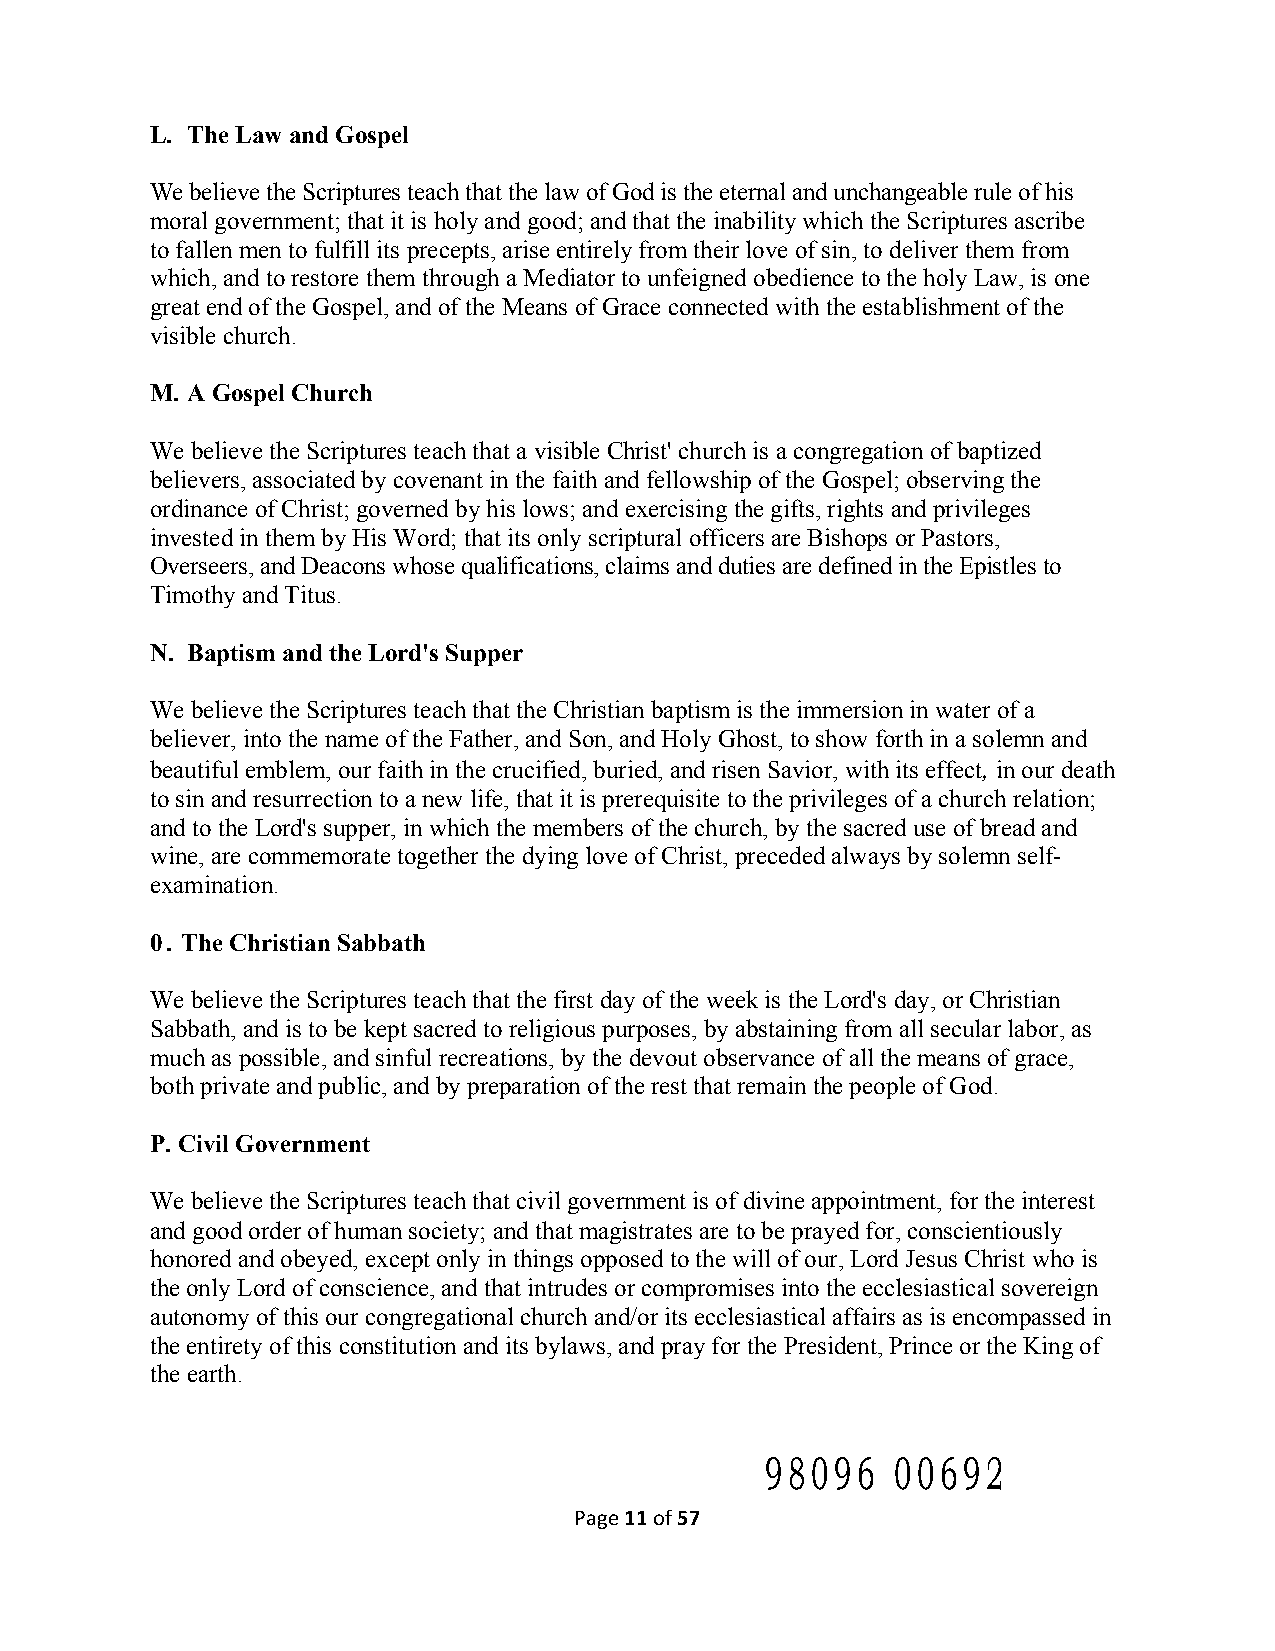
L. The Law and Gospel
 We believe the Scriptures teach that the law of God is the eternal and unchangeable rule of his
 moral government; that it is holy and good; and that the inability which the Scriptures ascribe
 to fallen men to fulfill its precepts, arise entirely from their love of sin, to deliver them from
 which, and to restore them through a Mediator to unfeigned obedience to the holy Law, is one
 great end of the Gospel, and of the Means of Grace connected with the establishment of the
 visible church.
 M. A Gospel Church
 We believe the Scriptures teach that a visible Christ' church is a congregation of baptized
 believers, associated by covenant in the faith and fellowship of the Gospel; observing the
 ordinance of Christ; governed by his lows; and exercising the gifts, rights and privileges
 invested in them by His Word; that its only scriptural officers are Bishops or Pastors,
 Overseers, and Deacons whose qualifications, claims and duties are defined in the Epistles to
 Timothy and Titus.
 N. Baptism and the Lord's Supper
 We believe the Scriptures teach that the Christian baptism is the immersion in water of a
 believer, into the name of the Father, and Son, and Holy Ghost, to show forth in a solemn and
 beautiful emblem, our faith in the crucified, buried, and risen Savior, with its effect, in our death
 to sin and resurrection to a new life, that it is prerequisite to the privileges of a church relation;
 and to the Lord's supper, in which the members of the church, by the sacred use of bread and
 wine, are commemorate together the dying love of Christ, preceded always by solemn self-
 examination.
 0. The Christian Sabbath
 We believe the Scriptures teach that the first day of the week is the Lord's day, or Christian
 Sabbath, and is to be kept sacred to religious purposes, by abstaining from all secular labor, as
 much as possible, and sinful recreations, by the devout observance of all the means of grace,
 both private and public, and by preparation of the rest that remain the people of God.
 P. Civil Government
 We believe the Scriptures teach that civil government is of divine appointment, for the interest
 and good order of human society; and that magistrates are to be prayed for, conscientiously
 honored and obeyed, except only in things opposed to the will of our, Lord Jesus Christ who is
 the only Lord of conscience, and that intrudes or compromises into the ecclesiastical sovereign
 autonomy of this our congregational church and/or its ecclesiastical affairs as is encompassed in
 the entirety of this constitution and its bylaws, and pray for the President, Prince or the King of
 the earth.
 98096   00692
 Page 11 of 57